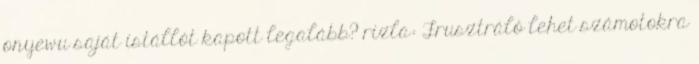
onyewu saját istállót kapott legalább? rizla: Frusztráló lehet számotokra